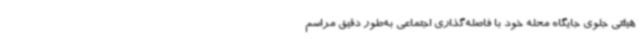
هیئتی جلوی جایگاه محله خود با فاصله‌گذاری اجتماعی به‌طور دقیق مراسم